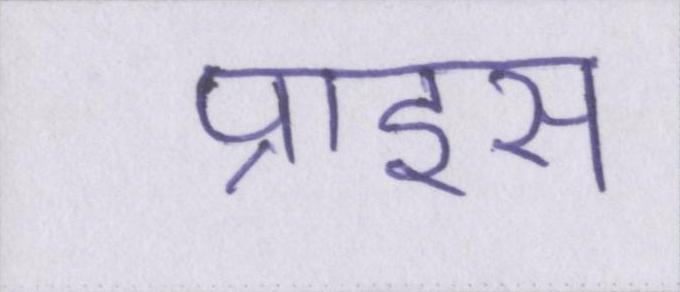
प्राइस